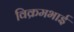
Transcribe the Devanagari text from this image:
विक्रमभाई